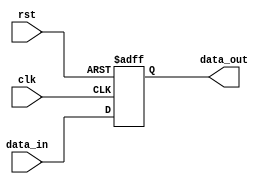
module io_block_compensated_buffer (
    input wire clk,
    input wire rst,
    input wire [7:0] data_in,
    output reg [7:0] data_out
);

reg [7:0] buffer;
reg [7:0] comp_buffer;

always @(posedge clk or posedge rst) begin
    if (rst) begin
        buffer <= 8'b0;
        comp_buffer <= 8'b0;
    end else begin
        buffer <= data_in;
        comp_buffer <= data_in;
        
        // Compensate for signal integrity
        // Add compensation mechanism code here
    end
end

// Output data 
assign data_out = comp_buffer;

endmodule